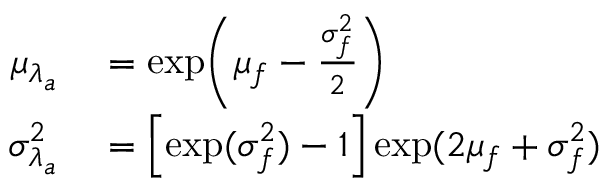
\begin{array} { r l } { \mu _ { \lambda _ { a } } } & { { } = \mathrm { e x p } \Bigg ( \mu _ { f } - \frac { \sigma _ { f } ^ { 2 } } { 2 } \Bigg ) } \\ { \sigma _ { \lambda _ { a } } ^ { 2 } } & { { } = \Big [ \mathrm { e x p } ( \sigma _ { f } ^ { 2 } ) - 1 \Big ] \, \mathrm { e x p } ( 2 \mu _ { f } + \sigma _ { f } ^ { 2 } ) } \end{array}